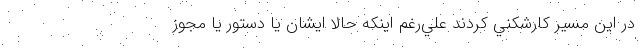
در اين مسير كارشكني كردند علي‌رغم اينكه حالا ايشان يا دستور يا مجوز